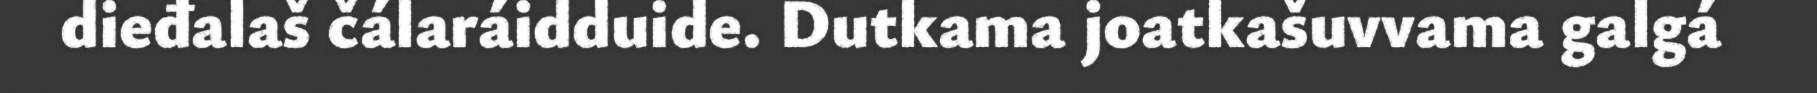
dieđalaš čálaráidduide. Dutkama joatkašuvvama galgá